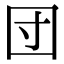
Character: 団